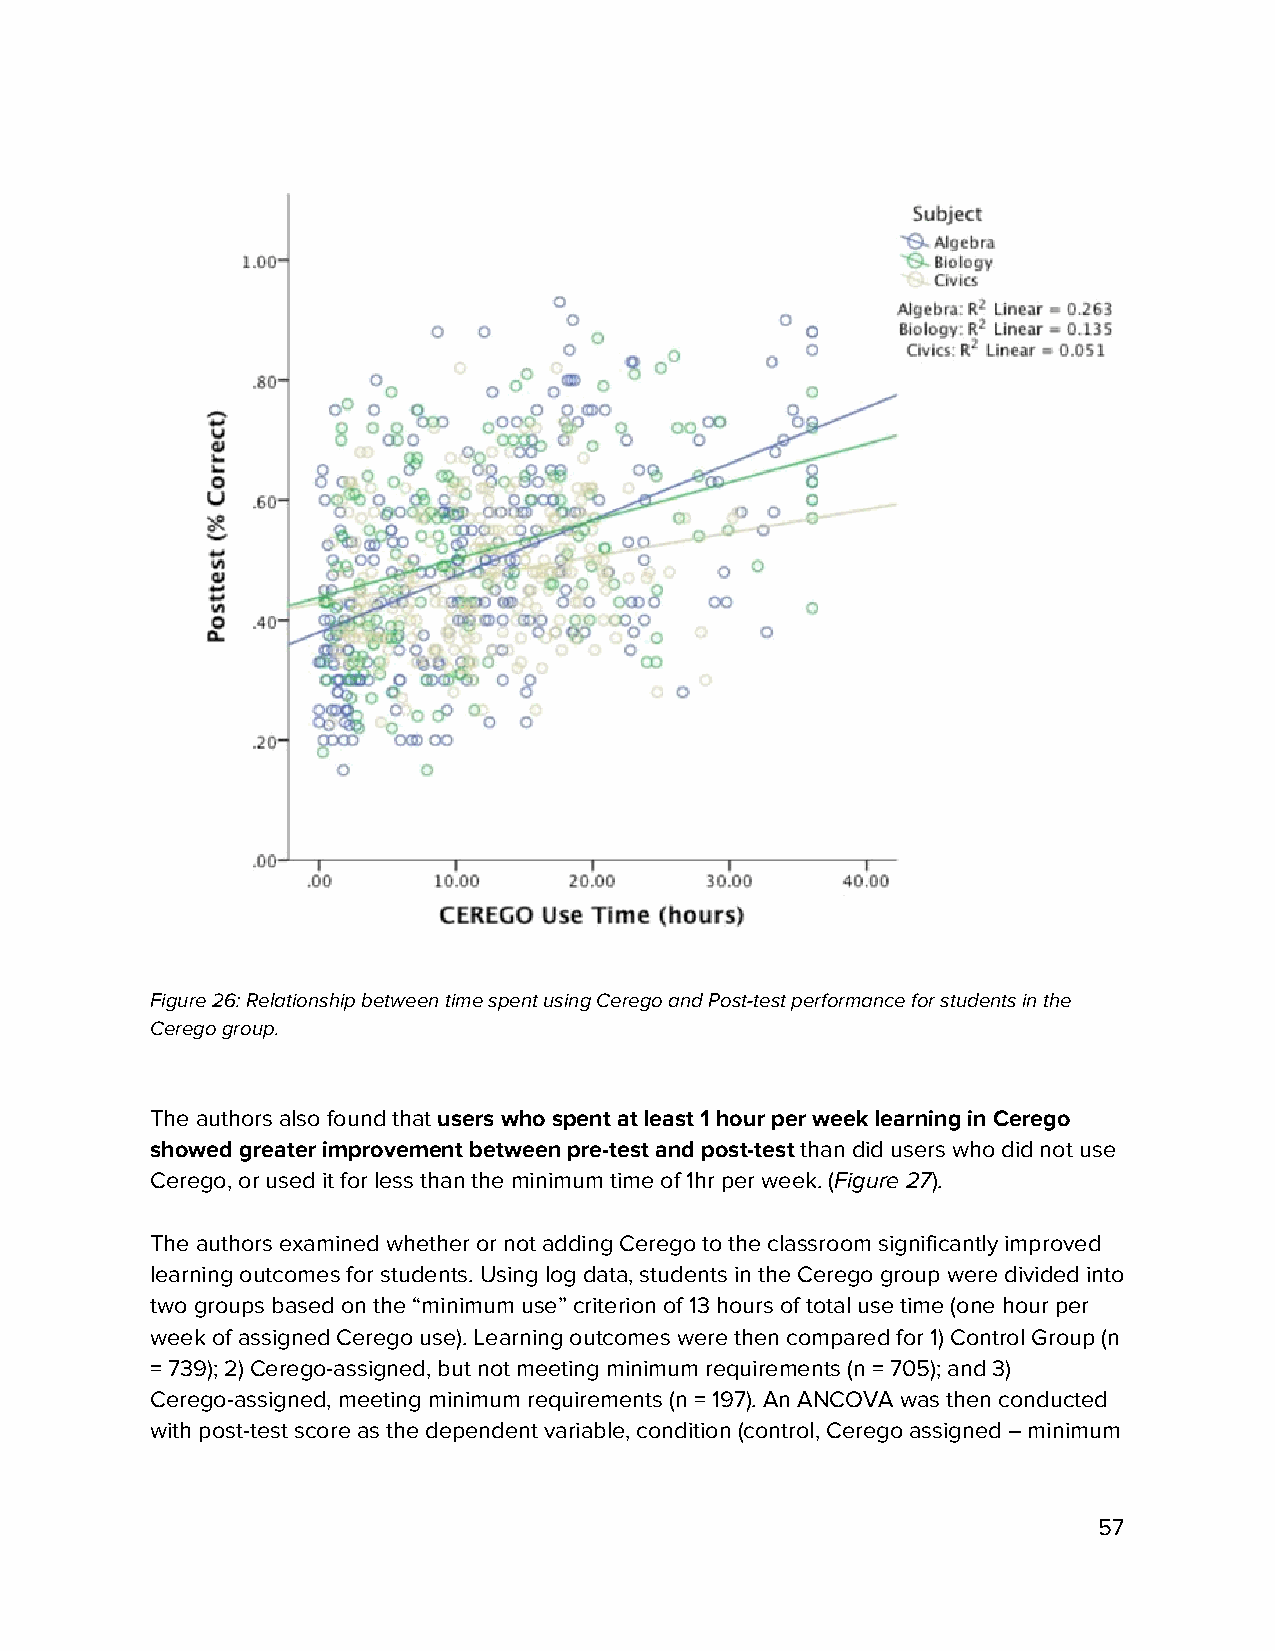
Figure 26: Relationship between time spent using Cerego and Post-test performance for students in the
 Cerego group.
 The authors also found that users who spent at least 1 hour per week learning in Cerego
 ​
 showed greater improvement between pre-test and post-test than did users who did not use
 ​
 Cerego, or used it for less than the minimum time of 1hr per week. (Figure 27).
 ​​​    ​
 The authors examined whether or not adding Cerego to the classroom significantly improved
 learning outcomes for students. Using log data, students in the Cerego group were divided into
 two groups based on the “minimum use” criterion of 13 hours of total use time (one hour per
 week of assigned Cerego use). Learning outcomes were then compared for 1) Control Group (n
 = 739); 2) Cerego-assigned, but not meeting minimum requirements (n = 705); and 3)
 Cerego-assigned, meeting minimum requirements (n = 197). An ANCOVA was then conducted
 with post-test score as the dependent variable, condition (control, Cerego assigned – minimum
 57